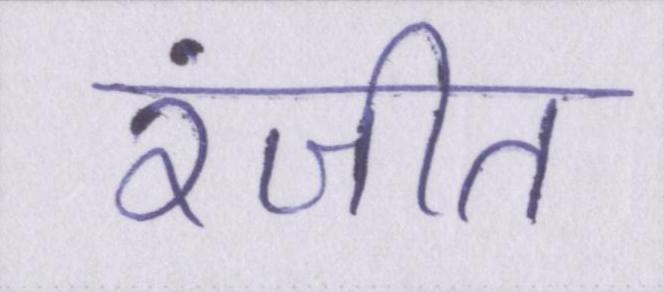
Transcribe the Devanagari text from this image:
रंजीत